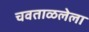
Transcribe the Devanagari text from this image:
चवताळलेला